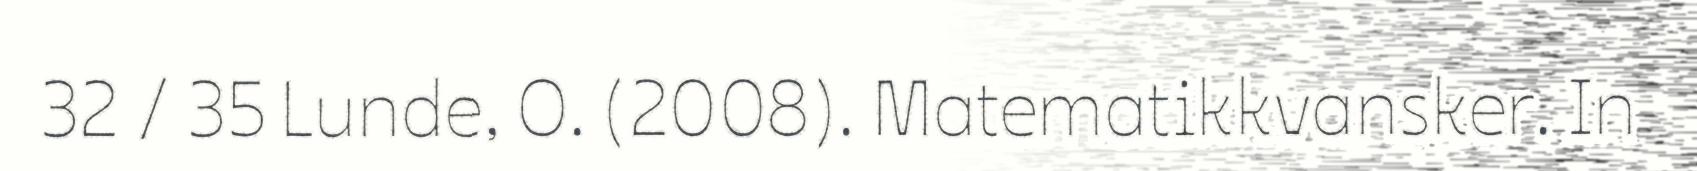
32 / 35 Lunde, O. (2008). Matematikkvansker. In